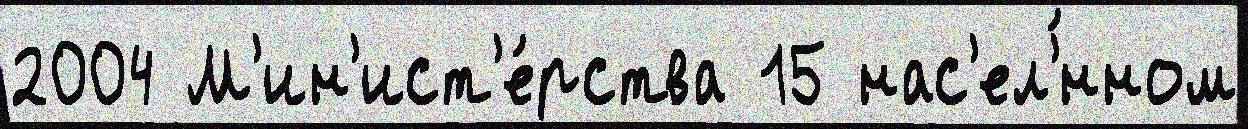
2004 М'ин'ист'е́рства 15 нас'ел'́нном